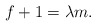
\begin{align*}f+1=\lambda m.\end{align*}